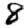
Digit: 8